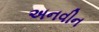
અનવીન